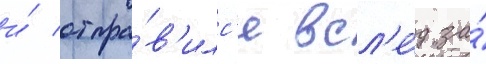
и́ отпра́в'илс'я всл'е́д за́